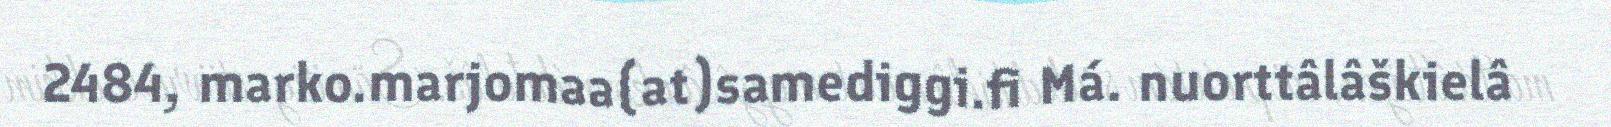
2484, marko.marjomaa(at)samediggi.fi Má. nuorttâlâškielâ